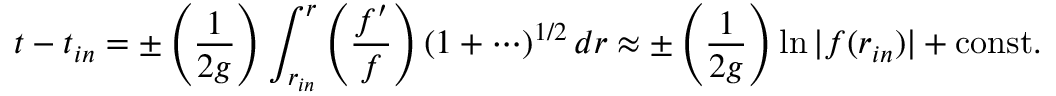
t - t _ { i n } = \pm \left( { \frac { 1 } { 2 g } } \right) \int _ { r _ { i n } } ^ { r } \left( { \frac { f ^ { \prime } } { f } } \right) \left( 1 + \cdots \right) ^ { 1 / 2 } d r \approx \pm \left( { \frac { 1 } { 2 g } } \right) \ln | f ( r _ { i n } ) | + \mathrm { c o n s t . }